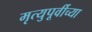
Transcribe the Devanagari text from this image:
मृत्युपूर्वीच्या